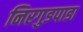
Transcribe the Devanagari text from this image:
निरगुडपाडा